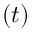
( t )